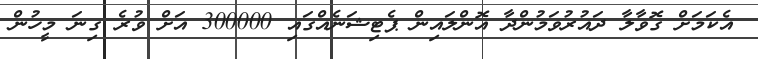
އެކަމަށް ގޮވާލާ ދައުރުވަމުންދާ އޮންލައިން ޕެޓިޝަނެއްގައި 300000 އަށް ވުރެ ގިނަ މީހުން